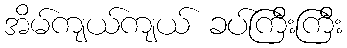
အိမ်ကျယ်ကျယ် ခပ်ကြီးကြီး